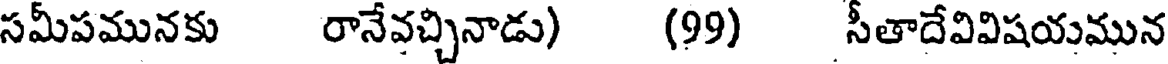
సమీపమునకు రానేవచ్చినాడు) (99) సీతాదేవివిషయమున